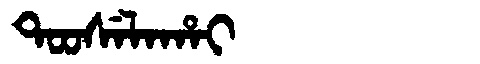
Manchu: ᡨᠣᠣᠰᡝᠯᠠᡥᠠᡳ
Romanization: TOOSELAHAI